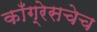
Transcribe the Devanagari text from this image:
काँग्रेसचेच